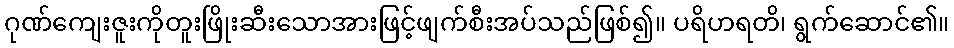
ဂုဏ်ကျေးဇူးကိုတူးဖြိုးဆီးသောအားဖြင့်ဖျက်စီးအပ်သည်ဖြစ်၍။ ပရိဟရတိ၊ ရွက်ဆောင်၏။